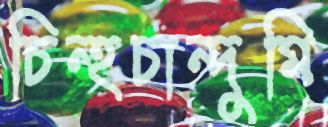
চিন্হচান্দুমি